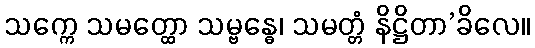
သက္ကေ သမတ္ထော သမ္ဗန္ဓေ၊ သမတ္တံ နိဋ္ဌိတာ’ခိလေ။